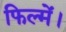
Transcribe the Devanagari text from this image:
फिल्में।